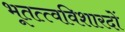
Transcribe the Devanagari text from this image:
भूतत्त्वविशारदों